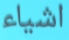
اشياء